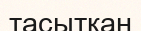
тасытқан